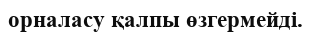
орналасу қалпы өзгермейді.